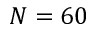
N = 6 0